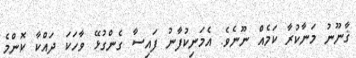
ޤާނޫނު މަނާކުރާ ކަމެއް ނޫނެވެ. އެމަނިކުފާނު ފައިސާ ގެންގުޅޭ ވާހަކަ ދައްކާ ކޮންމެ